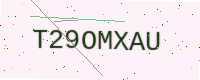
Text: T29OMXAU